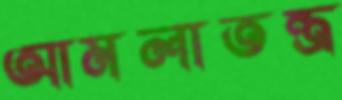
আমলাতন্ত্র